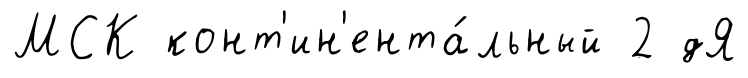
МСК конт'ин'ента́льный 2 дЯ